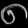
Digit: ၈